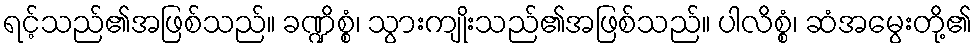
ရင့်သည်၏အဖြစ်သည်။ ခဏ္ဍိစ္စံ၊ သွားကျိုးသည်၏အဖြစ်သည်။ ပါလိစ္စံ၊ ဆံအမွေးတို့၏